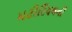
મટીરિયલની